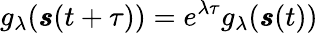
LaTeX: g_{\lambda}(\pmb{s}(t+\tau))=e^{\lambda\tau}g_{\lambda}(\pmb{s}(t))